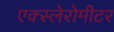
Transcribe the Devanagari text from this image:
एक्स्लेरोमीटर